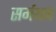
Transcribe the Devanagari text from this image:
सर्मथन